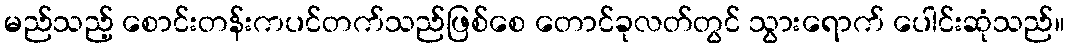
မည်သည့် စောင်းတန်းကပင်တက်သည်ဖြစ်စေ တောင်ခုလတ်တွင် သွားရောက် ပေါင်းဆုံသည်။